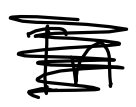
Text: In
Cross-out: scratch
Writing tool: digital_black